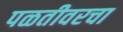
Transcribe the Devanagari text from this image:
पळतीवरचा